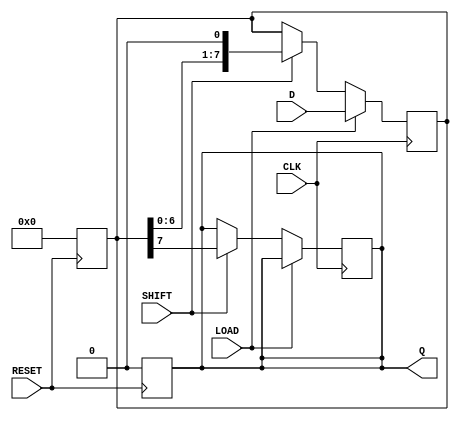
module piso_register #(
    parameter WIDTH = 8  // Define the width of the register
)(
    input wire [WIDTH-1:0] D,    // Parallel data input
    input wire LOAD,              // Load signal
    input wire CLK,               // Clock signal
    input wire SHIFT,             // Shift signal
    input wire RESET,             // Reset signal
    output reg Q                 // Serial output
);

    reg [WIDTH-1:0] shift_reg;    // Shift register to hold the data

    // Asynchronous reset
    always @(posedge RESET) begin
        shift_reg <= {WIDTH{1'b0}}; // Reset the shift register to 0
        Q <= 1'b0;                  // Reset the serial output to 0
    end

    // Main process controlling load and shift operations
    always @(posedge CLK) begin
        if (LOAD) begin
            // Load data into the shift register
            shift_reg <= D;
        end else if (SHIFT) begin
            // Shift data serially
            Q <= shift_reg[WIDTH-1]; // Output the MSB
            shift_reg <= {shift_reg[WIDTH-2:0], 1'b0}; // Shift right, fill LSB with 0
        end
    end

endmodule